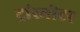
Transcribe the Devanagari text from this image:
ट्रांस्मीटर